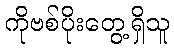
ကိုဗစ်ပိုးတွေ့ရှိသူ